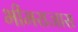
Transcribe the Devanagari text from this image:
भीमराजास